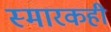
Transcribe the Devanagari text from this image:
स्मारकही